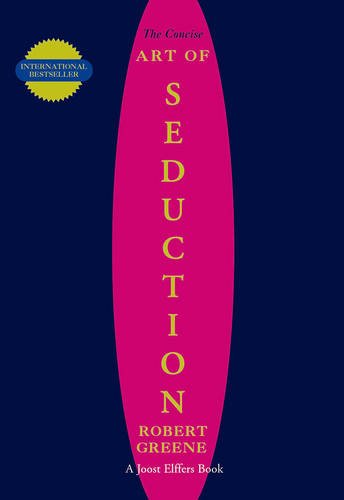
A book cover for Concise Seduction; Robert Greene; Politics & Social Sciences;